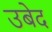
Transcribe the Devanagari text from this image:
उबेद